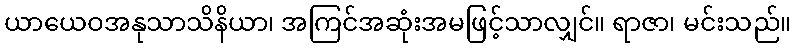
ယာယေဝအနုသာသိနိယာ၊ အကြင်အဆုံးအမဖြင့်သာလျှင်။ ရာဇာ၊ မင်းသည်။